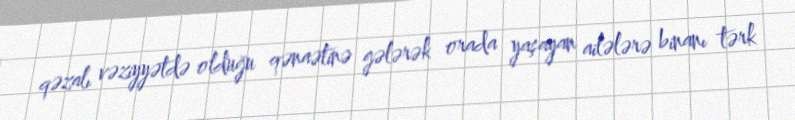
qəzalı vəziyyətdə olduğu qənaətinə gələrək orada yaşayan ailələrə binanı tərk